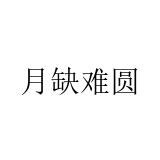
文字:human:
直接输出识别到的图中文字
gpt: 月缺难圆